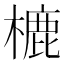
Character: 樚